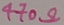
Text: 470Ω